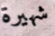
شهيرة